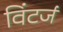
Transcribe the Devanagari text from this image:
विंटर्ज